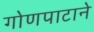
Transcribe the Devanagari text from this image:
गोणपाटाने